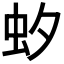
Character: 𧈷